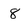
Character: 8